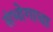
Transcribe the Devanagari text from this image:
संभोगाचा